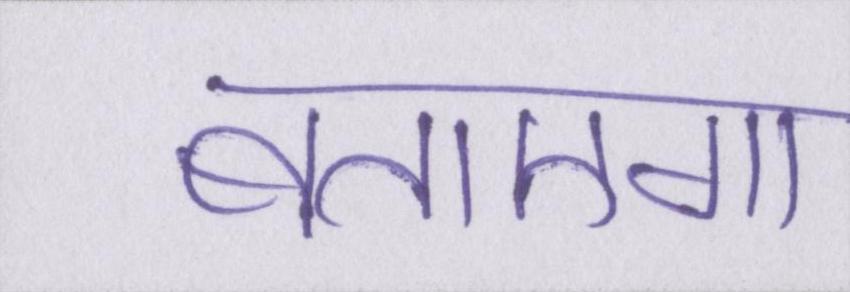
बताएगा